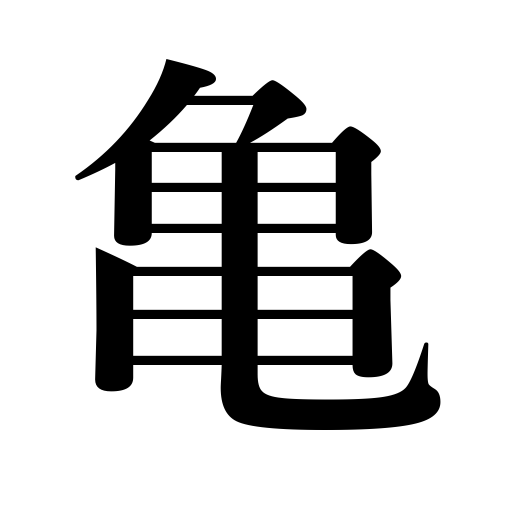
Meanings: tortoise,turtle